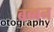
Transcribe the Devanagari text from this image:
बब्‍बन